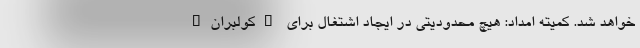
خواهد شد. کمیته امداد: هیچ محدودیتی در ایجاد اشتغال برای "کولبران"